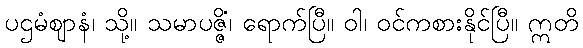
ပဌမံဈာနံ၊ သို့။ သမာပဇ္ဇိံ၊ ရောက်ပြီ။ ဝါ၊ ဝင်ကစားနိုင်ပြီ။ ဣတိ